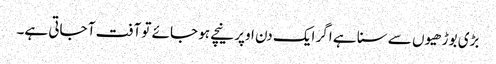
بڑی بوڑھیوں سے سنا ہے اگر ایک دن اوپر نیچے ہو جائے تو آفت آ جاتی ہے۔